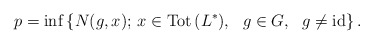
\begin{align*} p=\inf\left\{N(g,x);\, x\in\mathrm{Tot\,}(L^*),\ \ g\in G,\ \ g\neq\mathrm{id}\right\}. \end{align*}